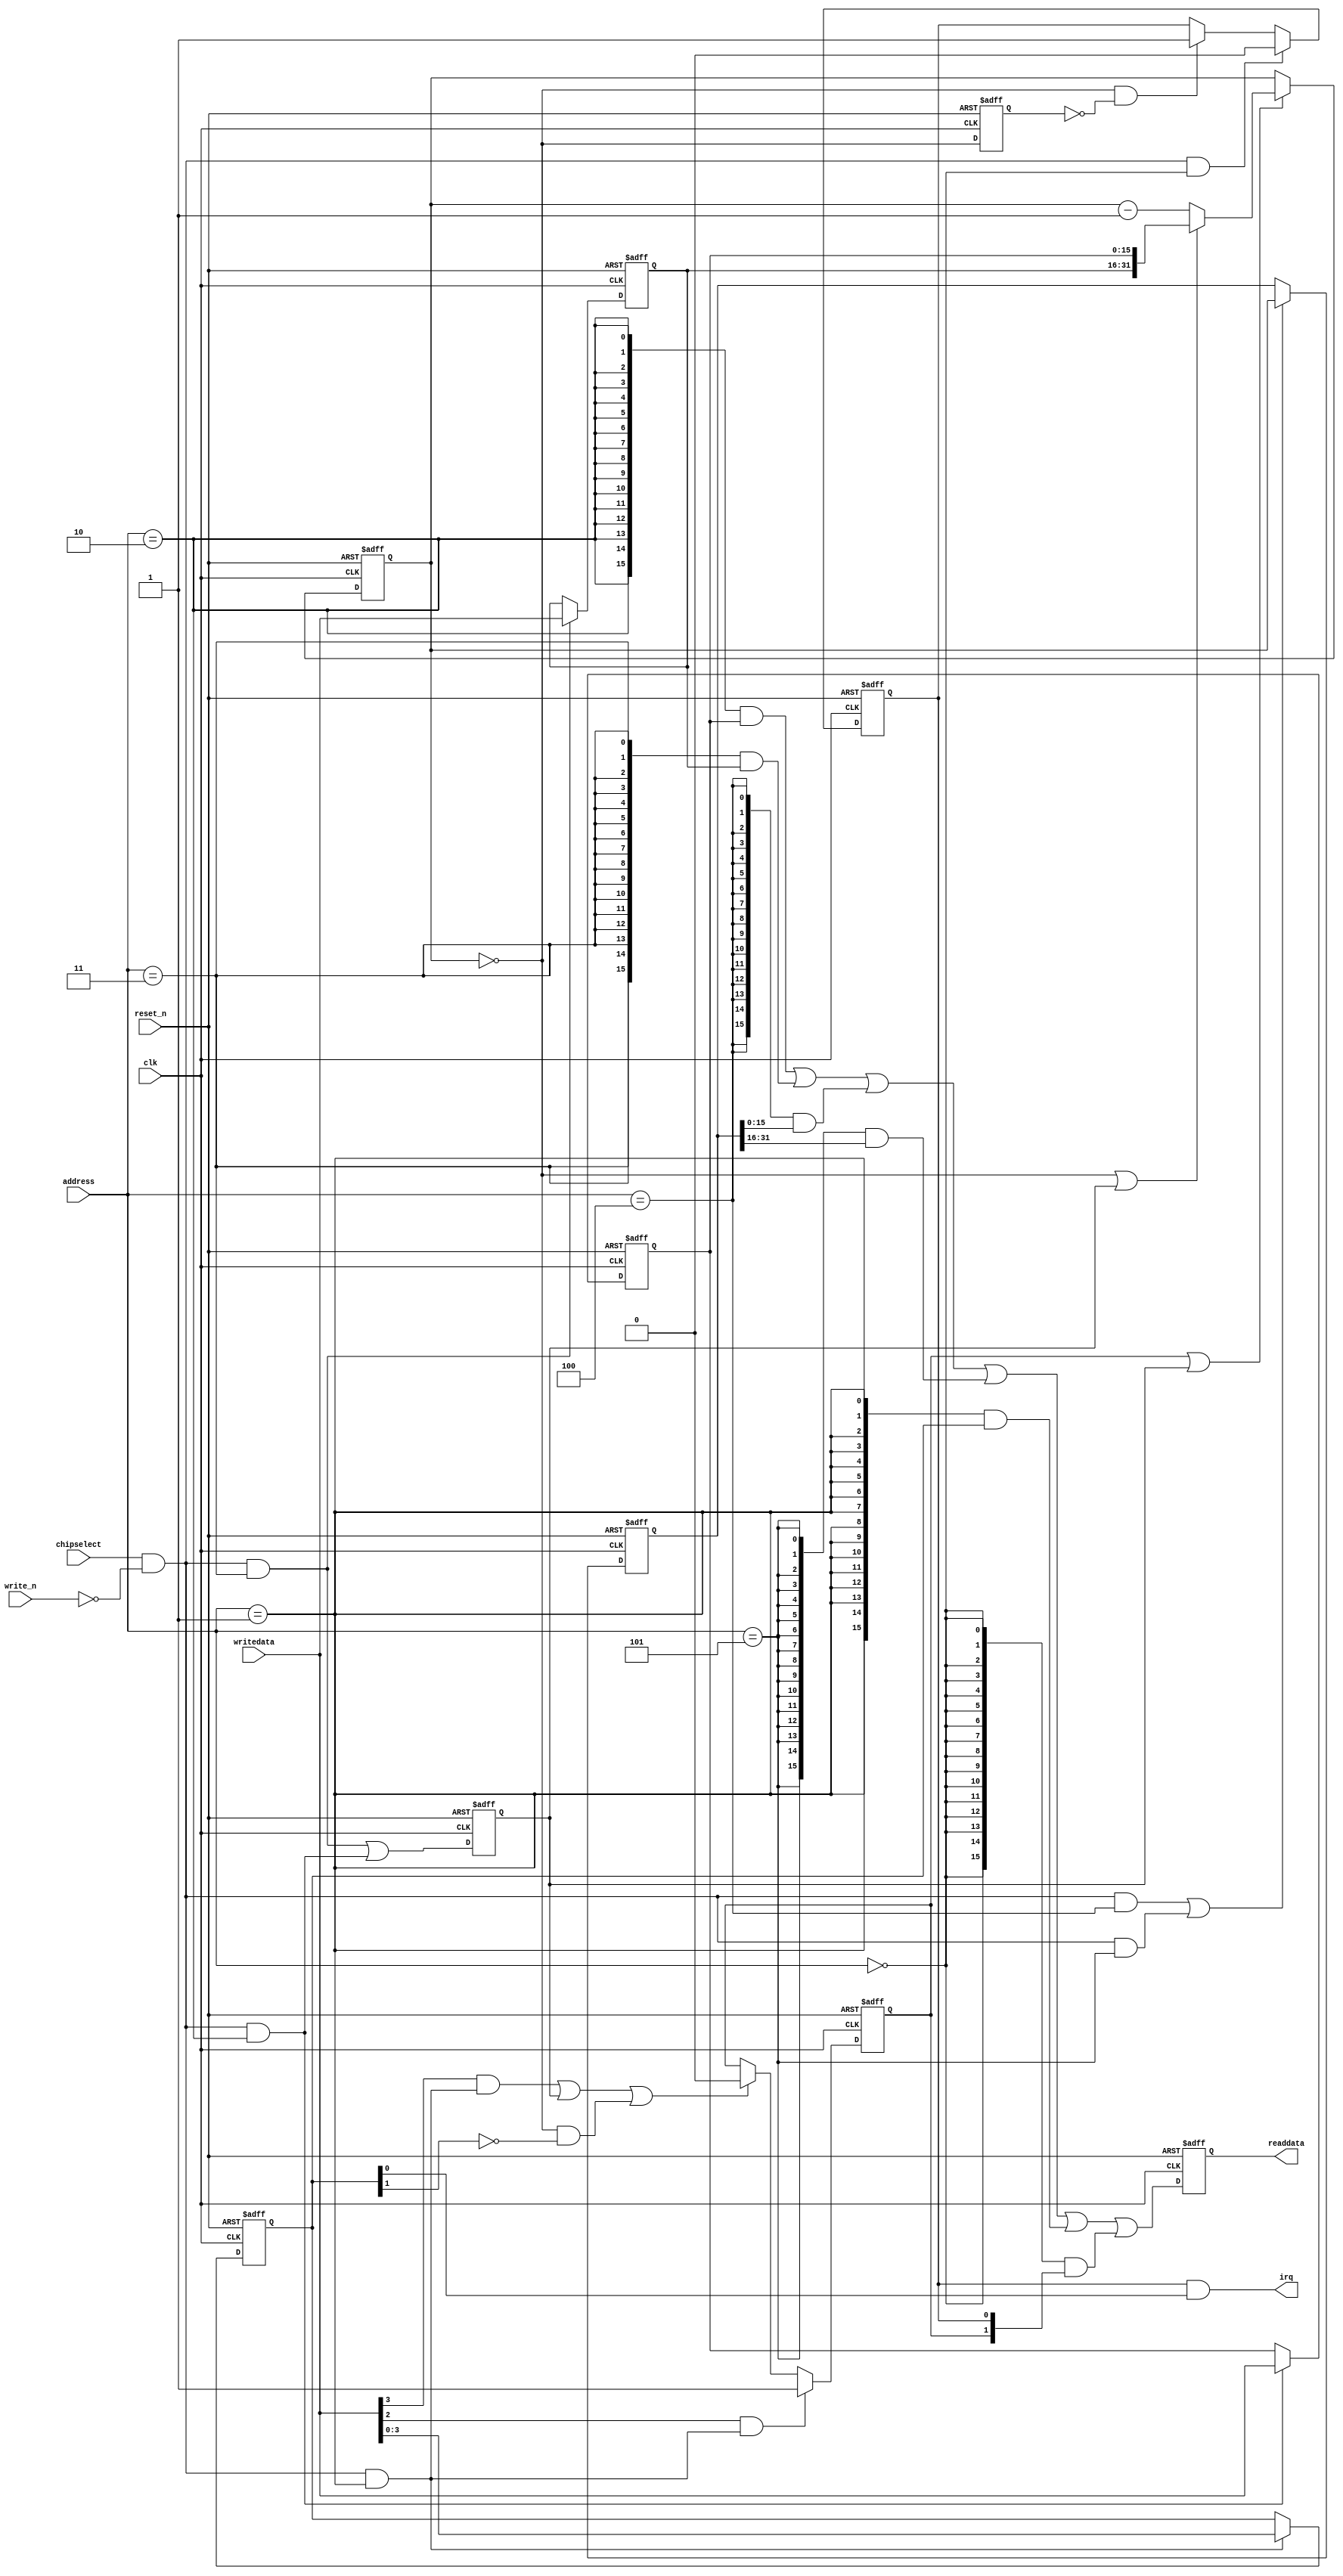
//Legal Notice: (C)2022 Altera Corporation. All rights reserved.  Your
//use of Altera Corporation's design tools, logic functions and other
//software and tools, and its AMPP partner logic functions, and any
//output files any of the foregoing (including device programming or
//simulation files), and any associated documentation or information are
//expressly subject to the terms and conditions of the Altera Program
//License Subscription Agreement or other applicable license agreement,
//including, without limitation, that your use is for the sole purpose
//of programming logic devices manufactured by Altera and sold by Altera
//or its authorized distributors.  Please refer to the applicable
//agreement for further details.

// synthesis translate_off
`timescale 1ns / 1ps
// synthesis translate_on

// turn off superfluous verilog processor warnings 
// altera message_level Level1 
// altera message_off 10034 10035 10036 10037 10230 10240 10030 

module nios_system_timer (
                           // inputs:
                            address,
                            chipselect,
                            clk,
                            reset_n,
                            write_n,
                            writedata,

                           // outputs:
                            irq,
                            readdata
                         )
;

  output           irq;
  output  [ 15: 0] readdata;
  input   [  2: 0] address;
  input            chipselect;
  input            clk;
  input            reset_n;
  input            write_n;
  input   [ 15: 0] writedata;


wire             clk_en;
wire             control_continuous;
wire             control_interrupt_enable;
reg     [  3: 0] control_register;
wire             control_wr_strobe;
reg              counter_is_running;
wire             counter_is_zero;
wire    [ 31: 0] counter_load_value;
reg     [ 31: 0] counter_snapshot;
reg              delayed_unxcounter_is_zeroxx0;
wire             do_start_counter;
wire             do_stop_counter;
reg              force_reload;
reg     [ 31: 0] internal_counter;
wire             irq;
reg     [ 15: 0] period_h_register;
wire             period_h_wr_strobe;
reg     [ 15: 0] period_l_register;
wire             period_l_wr_strobe;
wire    [ 15: 0] read_mux_out;
reg     [ 15: 0] readdata;
wire             snap_h_wr_strobe;
wire             snap_l_wr_strobe;
wire    [ 31: 0] snap_read_value;
wire             snap_strobe;
wire             start_strobe;
wire             status_wr_strobe;
wire             stop_strobe;
wire             timeout_event;
reg              timeout_occurred;
  assign clk_en = 1;
  always @(posedge clk or negedge reset_n)
    begin
      if (reset_n == 0)
          internal_counter <= 32'hC34F;
      else if (counter_is_running || force_reload)
          if (counter_is_zero    || force_reload)
              internal_counter <= counter_load_value;
          else 
            internal_counter <= internal_counter - 1;
    end


  assign counter_is_zero = internal_counter == 0;
  assign counter_load_value = {period_h_register,
    period_l_register};

  always @(posedge clk or negedge reset_n)
    begin
      if (reset_n == 0)
          force_reload <= 0;
      else if (clk_en)
          force_reload <= period_h_wr_strobe || period_l_wr_strobe;
    end


  assign do_start_counter = start_strobe;
  assign do_stop_counter = (stop_strobe                            ) ||
    (force_reload                           ) ||
    (counter_is_zero && ~control_continuous );

  always @(posedge clk or negedge reset_n)
    begin
      if (reset_n == 0)
          counter_is_running <= 1'b0;
      else if (clk_en)
          if (do_start_counter)
              counter_is_running <= -1;
          else if (do_stop_counter)
              counter_is_running <= 0;
    end


  //delayed_unxcounter_is_zeroxx0, which is an e_register
  always @(posedge clk or negedge reset_n)
    begin
      if (reset_n == 0)
          delayed_unxcounter_is_zeroxx0 <= 0;
      else if (clk_en)
          delayed_unxcounter_is_zeroxx0 <= counter_is_zero;
    end


  assign timeout_event = (counter_is_zero) & ~(delayed_unxcounter_is_zeroxx0);
  always @(posedge clk or negedge reset_n)
    begin
      if (reset_n == 0)
          timeout_occurred <= 0;
      else if (clk_en)
          if (status_wr_strobe)
              timeout_occurred <= 0;
          else if (timeout_event)
              timeout_occurred <= -1;
    end


  assign irq = timeout_occurred && control_interrupt_enable;
  //s1, which is an e_avalon_slave
  assign read_mux_out = ({16 {(address == 2)}} & period_l_register) |
    ({16 {(address == 3)}} & period_h_register) |
    ({16 {(address == 4)}} & snap_read_value[15 : 0]) |
    ({16 {(address == 5)}} & snap_read_value[31 : 16]) |
    ({16 {(address == 1)}} & control_register) |
    ({16 {(address == 0)}} & {counter_is_running,
    timeout_occurred});

  always @(posedge clk or negedge reset_n)
    begin
      if (reset_n == 0)
          readdata <= 0;
      else if (clk_en)
          readdata <= read_mux_out;
    end


  assign period_l_wr_strobe = chipselect && ~write_n && (address == 2);
  assign period_h_wr_strobe = chipselect && ~write_n && (address == 3);
  always @(posedge clk or negedge reset_n)
    begin
      if (reset_n == 0)
          period_l_register <= 49999;
      else if (period_l_wr_strobe)
          period_l_register <= writedata;
    end


  always @(posedge clk or negedge reset_n)
    begin
      if (reset_n == 0)
          period_h_register <= 0;
      else if (period_h_wr_strobe)
          period_h_register <= writedata;
    end


  assign snap_l_wr_strobe = chipselect && ~write_n && (address == 4);
  assign snap_h_wr_strobe = chipselect && ~write_n && (address == 5);
  assign snap_strobe = snap_l_wr_strobe || snap_h_wr_strobe;
  always @(posedge clk or negedge reset_n)
    begin
      if (reset_n == 0)
          counter_snapshot <= 0;
      else if (snap_strobe)
          counter_snapshot <= internal_counter;
    end


  assign snap_read_value = counter_snapshot;
  assign control_wr_strobe = chipselect && ~write_n && (address == 1);
  always @(posedge clk or negedge reset_n)
    begin
      if (reset_n == 0)
          control_register <= 0;
      else if (control_wr_strobe)
          control_register <= writedata[3 : 0];
    end


  assign stop_strobe = writedata[3] && control_wr_strobe;
  assign start_strobe = writedata[2] && control_wr_strobe;
  assign control_continuous = control_register[1];
  assign control_interrupt_enable = control_register[0];
  assign status_wr_strobe = chipselect && ~write_n && (address == 0);

endmodule